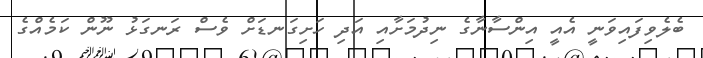
ބެލެވިފައިވަނީ އެއީ އިންސާނާގެ ނިދުމަށާއި އަދި ހަށިގަނޑަށް ވެސް ރަނގަޅު ނޫން ކަމެއްގެ